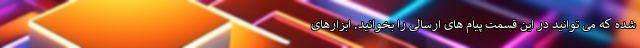
شده که می توانید در این قسمت پیام های ارسالی را بخوانید. ابزارهای